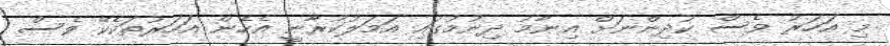
މި އަހަރު ވެސް ކުދިންނަށް އިނާމު ދިނުމުގައި އަމަލުކުރާނީ އެހެން އަހަރުތަކެކޭ ވެސް